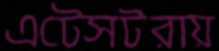
এটেসটরায়